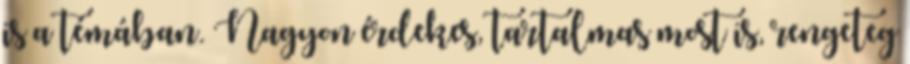
is a témában. Nagyon érdekes, tartalmas most is, rengeteg